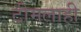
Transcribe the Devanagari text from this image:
टीमलाही